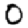
Digit: 0